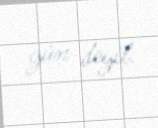
gün deyil.